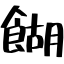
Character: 餬